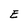
Character: E